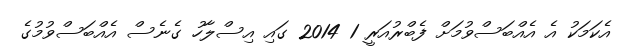
އެކަމަކު އެ އެއްްބަސްވުމަށް ފެބްރުއަރީ 1 2014 ގައި އިސްލާހު ގެނެސް އެއްބަސްވުމުގެ